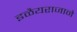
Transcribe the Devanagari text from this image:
इळैयराजाने